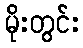
မိုးတွင်း